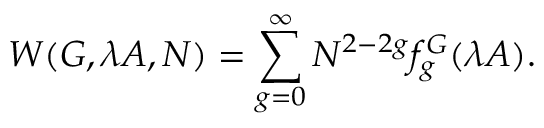
{ \cal W } ( G , \lambda A , N ) = \sum _ { g = 0 } ^ { \infty } N ^ { 2 - 2 g } f _ { g } ^ { G } ( \lambda A ) .